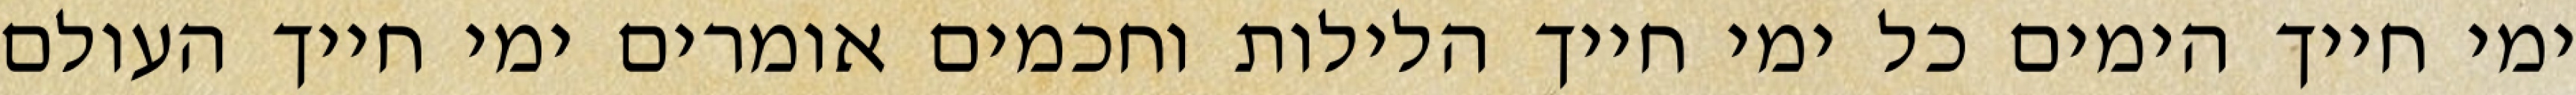
ימי חייך הימים כל ימי חייך הלילות וחכמים אומרים ימי חייך העולם